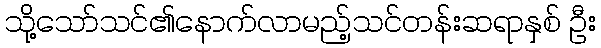
သို့သော်သင်၏နောက်လာမည့်သင်တန်းဆရာနှစ် ဦး